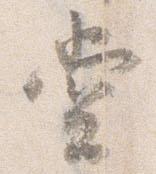
堂